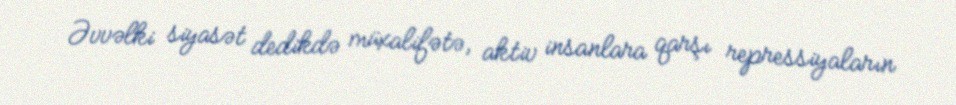
Əvvəlki siyasət dedikdə müxalifətə, aktiv insanlara qarşı repressiyaların